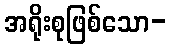
အရိုးစုဖြစ်သော-